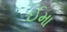
ઈમા